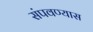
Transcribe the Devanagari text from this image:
संपवण्यास